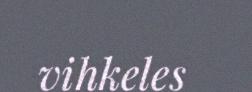
vihkeles